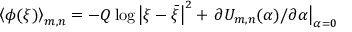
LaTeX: \left\langle \phi ( \xi ) \right\rangle _ { m , n } = - Q \log \left| \xi - \bar { \xi } \right| ^ { 2 } + \left. \partial U _ { m , n } ( \alpha ) / \partial \alpha \right| _ { \alpha = 0 }